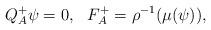
LaTeX: \begin{align*}Q^+_A \psi = 0,\, \, \, \, F^+_A = \rho^{-1}(\mu(\psi)),\end{align*}